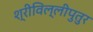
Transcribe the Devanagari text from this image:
श्रीविल्लीपुतुर